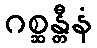
ဂစ္ဆန္တီနံ